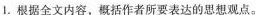
1.根据全文内容，概括作者所要表达的思想观点。